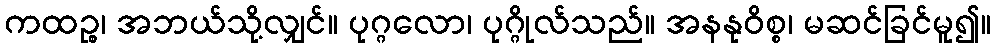
ကထဉ္စ၊ အဘယ်သို့လျှင်။ ပုဂ္ဂလော၊ ပုဂ္ဂိုလ်သည်။ အနနုဝိစ္စ၊ မဆင်ခြင်မူ၍။